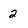
Character: 2